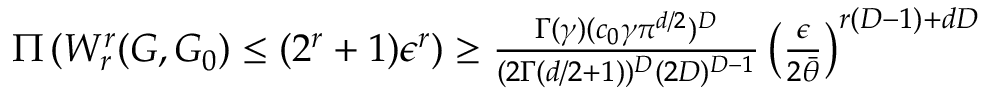
\begin{array} { r l r } & { } & { \Pi \left( W _ { r } ^ { r } ( G , G _ { 0 } ) \leq ( 2 ^ { r } + 1 ) \epsilon ^ { r } \right) \geq \frac { \Gamma ( \gamma ) ( c _ { 0 } \gamma \pi ^ { d / 2 } ) ^ { D } } { ( 2 \Gamma ( d / 2 + 1 ) ) ^ { D } ( 2 D ) ^ { D - 1 } } \left( \frac { \epsilon } { 2 \bar { \theta } } \right) ^ { r ( D - 1 ) + d D } } \end{array}